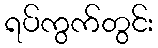
ရပ်ကွက်တွင်း